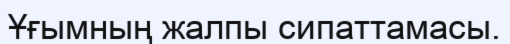
Ұғымның жалпы сипаттамасы.